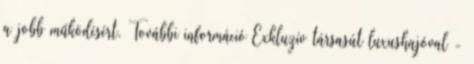
a jobb működésért. További információ Exkluzív társasút luxushajóval -